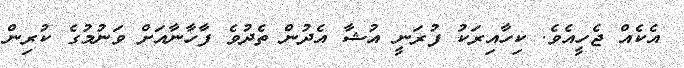
އެކެއް ޖެހީއެވެ. ކިހާއިރަކު ފުރަނީ އުޝާ އެދުން ތެދުވެ ފާހާނާއަށް ވަނުމުގެ ކުރިން